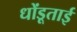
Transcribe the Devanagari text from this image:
धोंडूताई